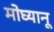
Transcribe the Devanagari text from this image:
मोघ्यानू